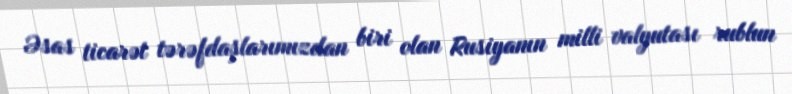
Əsas ticarət tərəfdaşlarımızdan biri olan Rusiyanın milli valyutası rublun